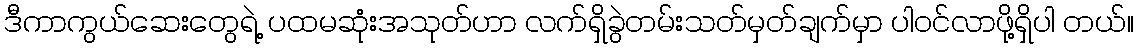
ဒီကာကွယ်ဆေးတွေရဲ့ ပထမဆုံးအသုတ်ဟာ လက်ရှိခွဲတမ်းသတ်မှတ်ချက်မှာ ပါဝင်လာဖို့ရှိပါ တယ်။